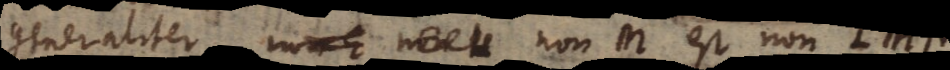
generaliter non E non non M